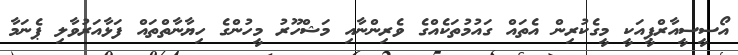
އޯސީސީއާރްޕީއަކީ މީގެކުރިން އެތައް ގައުމުތަކެއްގެ ވެރިންނާއި މަޝްހޫރު މީހުންގެ ހިޔާނާތްތައް ފަޅާއަރުވާލި ޕެނަމާ